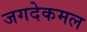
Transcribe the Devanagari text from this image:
जगदेकमल